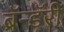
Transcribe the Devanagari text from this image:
ब्रॅन्डॅरी